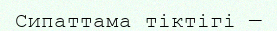
Сипаттама тіктігі —